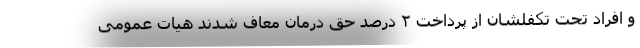
و افراد تحت تکفلشان از پرداخت ۲ درصد حق درمان معاف شدند هیات عمومی